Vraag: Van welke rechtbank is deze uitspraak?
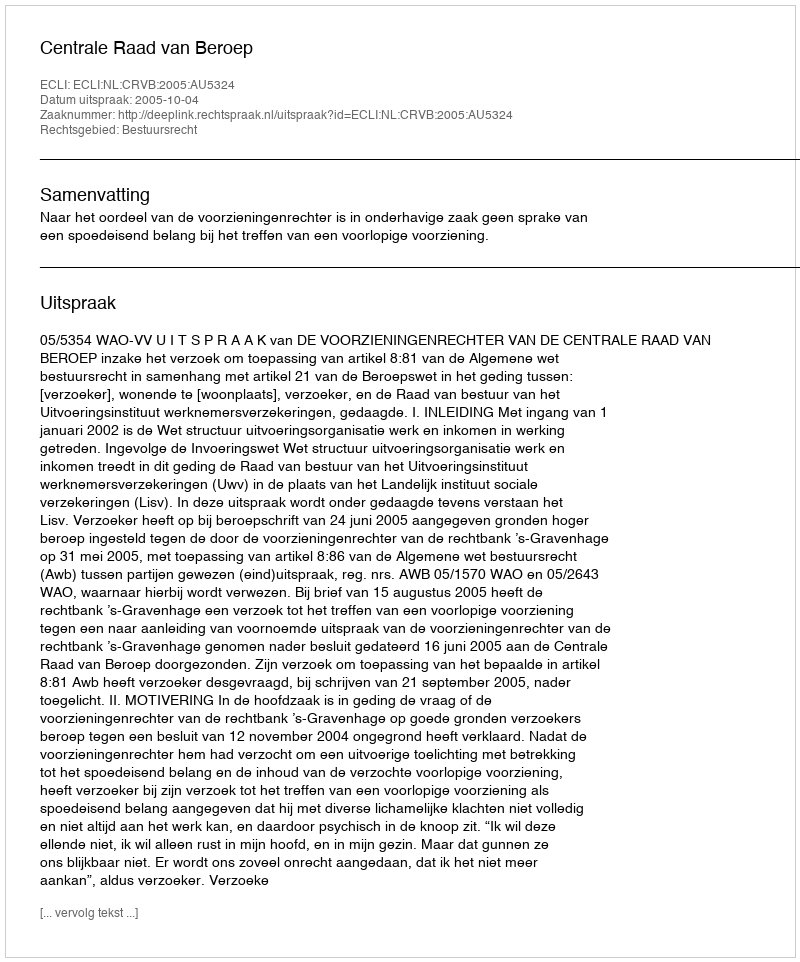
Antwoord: Centrale Raad van Beroep